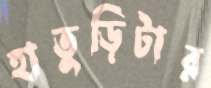
হাতুড়িটার